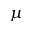
\mu